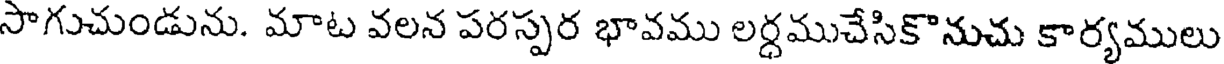
సాగుచుండును. మాట వలన పరస్పర భావము లర్ధముచేసికొనుచు కార్యములు